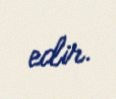
edir.